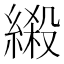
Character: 𦃏